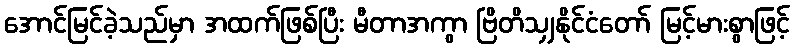
အောင်မြင်ခဲ့သည်မှာ အထက်ဖြစ်ပြီး မီတာအကွာ ဗြိတိသျှနိုင်ငံတော် မြင့်မားစွာဖြင့်